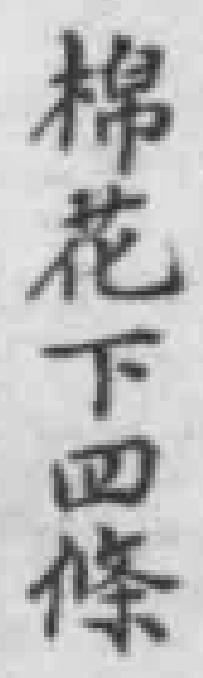
棉花下四條